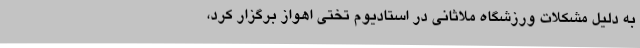
به دلیل مشکلات ورزشگاه ملاثانی در استادیوم تختی اهواز برگزار کرد،